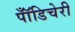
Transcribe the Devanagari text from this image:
पॉँडिचेरी